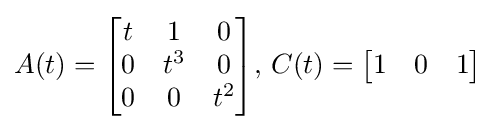
A(t)={\begin{bmatrix}t&1&0\\0&t^{3}&0\\0&0&t^{2}\end{bmatrix}},\,C(t)={\begin{bmatrix}1&0&1\end{bmatrix}}